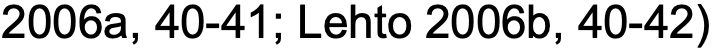
2006a, 40-41; Lehto 2006b, 40-42)